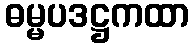
ဓမ္မပဒဋ္ဌကထာ